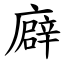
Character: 廦